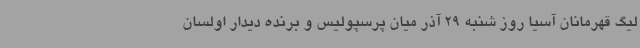
لیگ قهرمانان آسیا روز شنبه 29 آذر میان پرسپولیس و برنده دیدار اولسان